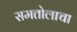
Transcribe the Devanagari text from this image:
समतोलाचा